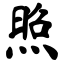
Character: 照